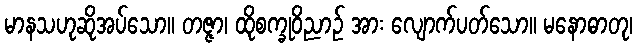
မာနသဟုဆိုအပ်သော။ တဇ္ဇာ၊ ထိုစက္ခုဝိညာဉ် အား လျောက်ပတ်သော။ မနောဓာတု၊